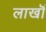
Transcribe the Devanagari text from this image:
लाखॊं